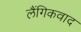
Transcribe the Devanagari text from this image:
लैंगिकवाद